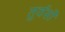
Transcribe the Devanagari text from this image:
तुर्वसों